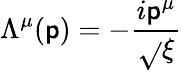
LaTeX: \Lambda^{\mu}(\mathsf{p})=-{\frac{{i\mathsf{p}^{\mu}}}{{\sqrt{}{{\xi}}}}}